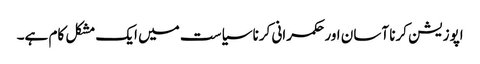
اپوزیشن کرنا آسان اور حکمرانی کرنا سیاست میں ایک مشکل کام ہے۔